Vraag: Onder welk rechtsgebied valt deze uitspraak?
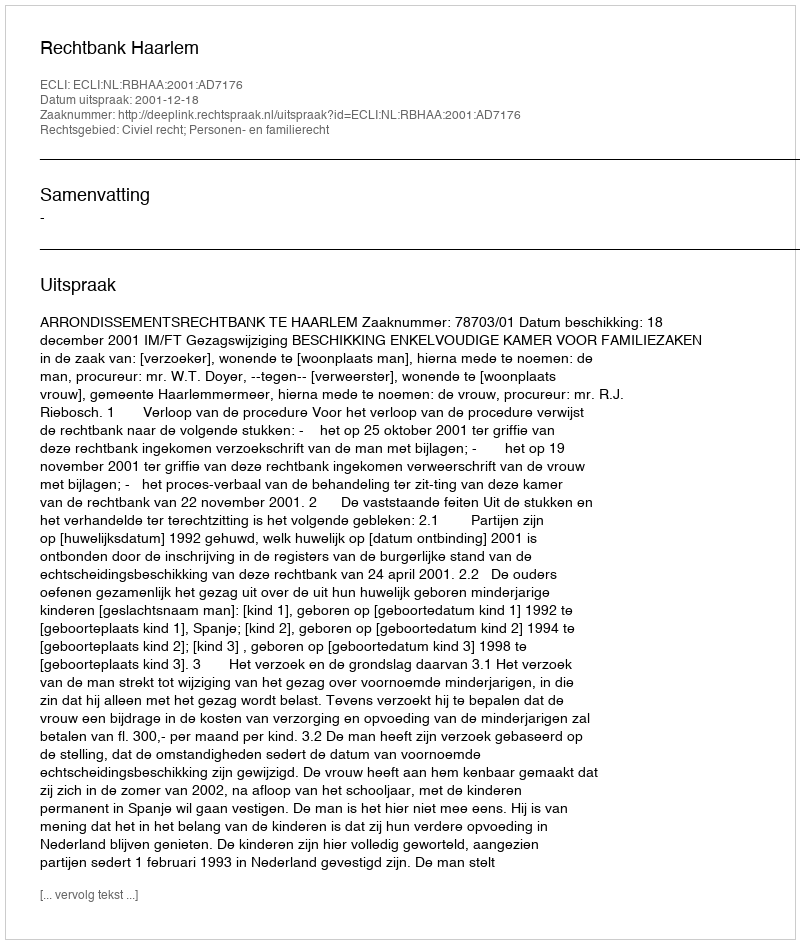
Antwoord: Civiel recht; Personen- en familierecht